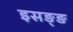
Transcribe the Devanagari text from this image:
इसङ्ङ